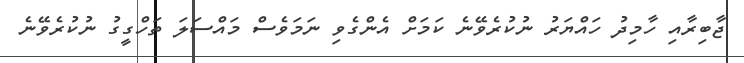
ޖާބިރާއި ހާމިދު ހައްޔަރު ނުކުރެވޭނެ ކަމަށް އެންގެވި ނަމަވެސް މައްސަލަ ތަހްގީގު ނުކުރެވޭނެ